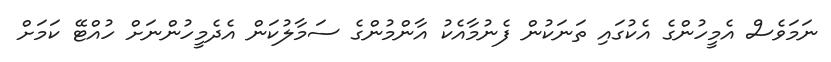
ނަމަވެސް އެމީހުންގެ އެކުގައި ތަނަކުން ފެނުމާއެކު އާންމުންގެ ސަމާލުކަން އެދެމީހުންނަށް ހުއްޓޭ ކަމަށް